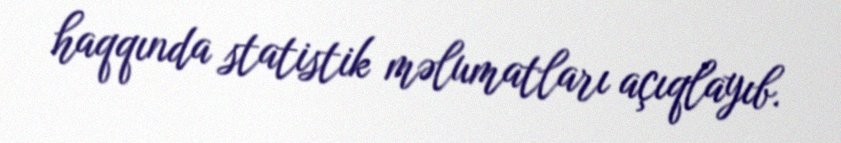
haqqında statistik məlumatları açıqlayıb.